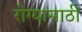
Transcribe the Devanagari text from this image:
रोग्यासाठी